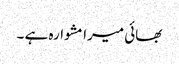
بھائی میرا مشوارہ ہے ۔